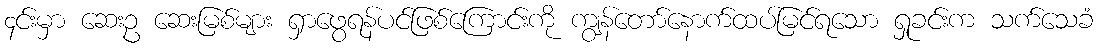
၄င်းမှာ ဆေးဥ ဆေးမြစ်များ ရှာဖွေရန်ပင်ဖြစ်ကြောင်းကို ကျွန်တော်နောက်ထပ်မြင်ရသော ရှုခင်းက သက်သေခံ